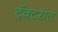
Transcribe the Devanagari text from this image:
ट्रॅक्टरांत